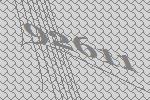
92611